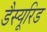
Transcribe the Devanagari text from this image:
डैस्यूरिड